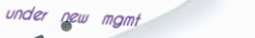
under new mgmt